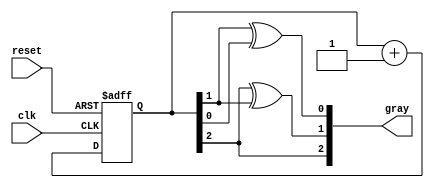
module gray_code_async_counter (
    input wire clk,          // Clock input
    input wire reset,        // Asynchronous reset input
    output reg [2:0] gray    // 3-bit Gray Code output
);

// Internal signals for the binary representation
reg [2:0] binary;

// Gray code conversion from binary
function [2:0] binary_to_gray(input [2:0] bin);
    begin
        binary_to_gray = {bin[2], bin[2] ^ bin[1], bin[1] ^ bin[0]};
    end
endfunction

// Asynchronous reset and counting logic
always @(posedge clk or posedge reset) begin
    if (reset) begin
        binary <= 3'b000; // Reset to binary 0
    end else begin
        binary <= binary + 1; // Increment binary counter
    end
end

// Update Gray code output based on binary input
always @(binary) begin
    gray <= binary_to_gray(binary);
end

endmodule